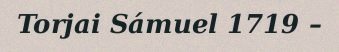
Torjai Sámuel 1719 –